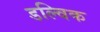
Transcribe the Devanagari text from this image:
डल्विक